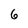
Character: 6